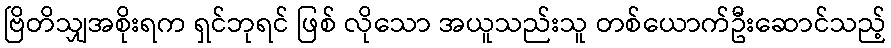
ဗြိတိသျှအစိုးရက ရှင်ဘုရင် ဖြစ် လိုသော အယူသည်းသူ တစ်ယောက်ဦးဆောင်သည့်